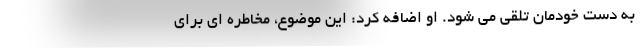
به دست خودمان تلقی می شود. او اضافه کرد: این موضوع، مخاطره ای برای